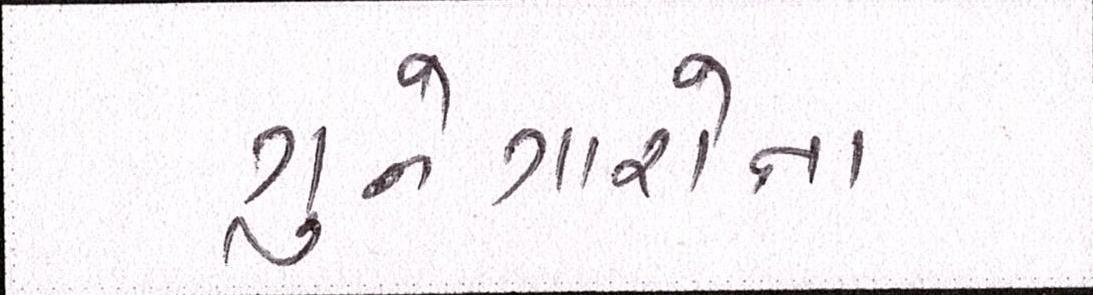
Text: ગુનેગારોના